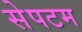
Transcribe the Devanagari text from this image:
सेपटम